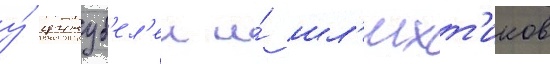
у́ цинуб'ел'еи и́ шл'ихт'иков